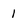
Character: 1